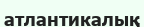
атлантикалық